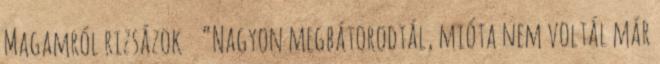
Magamról rizsázok “Nagyon megbátorodtál, mióta nem voltál már